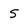
Character: 5